Vaccination in Burma 1920-1933 - 1920-1933
Year: 1920
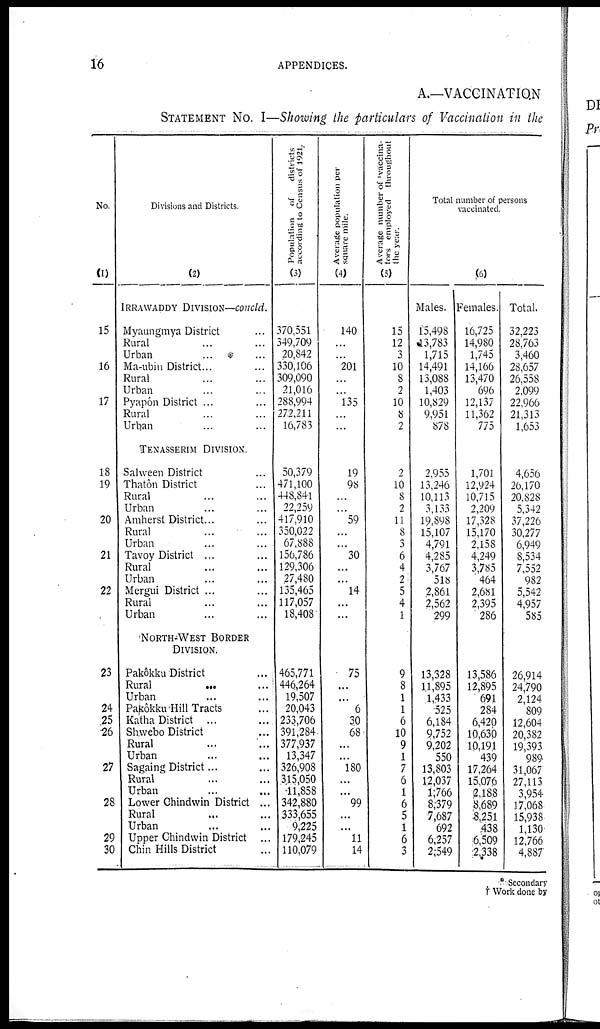
16
APPENDICES.
A.—VACCINATION
STATEMENT NO. I—Showing the particulars of Vaccination in the
No.
(1)
15
16
17
18
19
20
21
22
23
24
25
26
27
28
29
30
Divisions and Districts.
(2)
IRRAWADDY DIVISION—concld.
Myaungmya District ...
Rural ... ...
Urban ... ...
Ma-ubin District ... ...
Rural ... ...
Urban ... ...
Pyapôn District ... ...
Rural ... ...
Urban ... ...
TENASSERIM DIVISION.
Salween District ...
Thatôn District ...
Rural ... ...
Urban ... ...
Amherst District ... ...
Rural ... ...
Urban ... ...
Tavoy District ... ...
Rural ... ...
Urban ... ...
Mergui District ... ...
Rural ... ...
Urban ... ...
NORTH-WEST BORDER
DIVISION.
Pakôkku District ...
Rural
...
...
Urban ... ...
Pakôkku Hill Tracts ...
Katha District ... ...
Shwebo District ...
Rural ... ...
Urban ... ...
Sagaing District ... ...
Rural ... ...
Urban ... ...
Lower Ghindwin District ...
Rural ... ...
Urban ... ...
Upper Chindwin District ...
Chin Hills District ...
Population of
districts
according to Census of 1921.
(3)
370,551
349,709
20,842
330,106
309,090
21,016
288,994
272,211
16,783
50,379
471,100
448,841
22,259
417,910
350,022
67,888
156,786
129,306
27,480
135,465
117,057
18,408
465,771
446,264
19,507
20,043
233,706
391,284
377,937
13,347
326,908
315,050
11,858
342,880
333,655
9,225
179,245
110,079
Average population per
square mile.
(4)
140
...
...
201
...
...
135
...
...
19
98
...
...
59
...
...
30
...
...
14
...
...
75
...
...
6
30
68
...
...
180
...
...
99
...
...
11
14
Average number of vaccina-
tors employed throughout
the year.
(5)
15
12
3
10
8
2
10
8
2
2
10
8
2
11
8
3
6
4
2
5
4
1
9
8
1
1
6
10
9
1
7
6
1
6
5
1
6
3
Total number of persons
vaccinated.
(6)
Males.
15,498
43,783
1,715
14,491
13,088
1,403
10,829
9,951
878
2,955
13,246
10,113
3,133
19,898
15,107
4,791
4,285
3,767
518
2,861
2,562
299
13,328
11,895
1,433
525
6,184
9,752
9,202
550
13,803
12,037
1,766
8,379
7,687
692
6,257
2,549
Females.
16,725
14,980
1,745
14,166
13,470
696
12,137
11,362
775
1,701
12,924
10,715
2,209
17,328
15,170
2,158
4,249
3,785
464
2,681
2,395
286
13,586
12,895
691
284
6,420
10,630
10,191
439
17,264
15,076
2,188
8,689
8,251
438
6,509
2,338
Total.
32,223
28,763
3,460
28,657
26,558
2,099
22,966
21,313
1,653
4,656
26,170
20,828
5,342
37,226
30,277
6,949
8,534
7,552
982
5,542
4,957
585
26,914
24,790
2,124
809
12,604
20,382
19,393
989
31,067
27,113
3,954
17,068
15,938
1,130
12,766
4,887
* Secondary
† Work done by